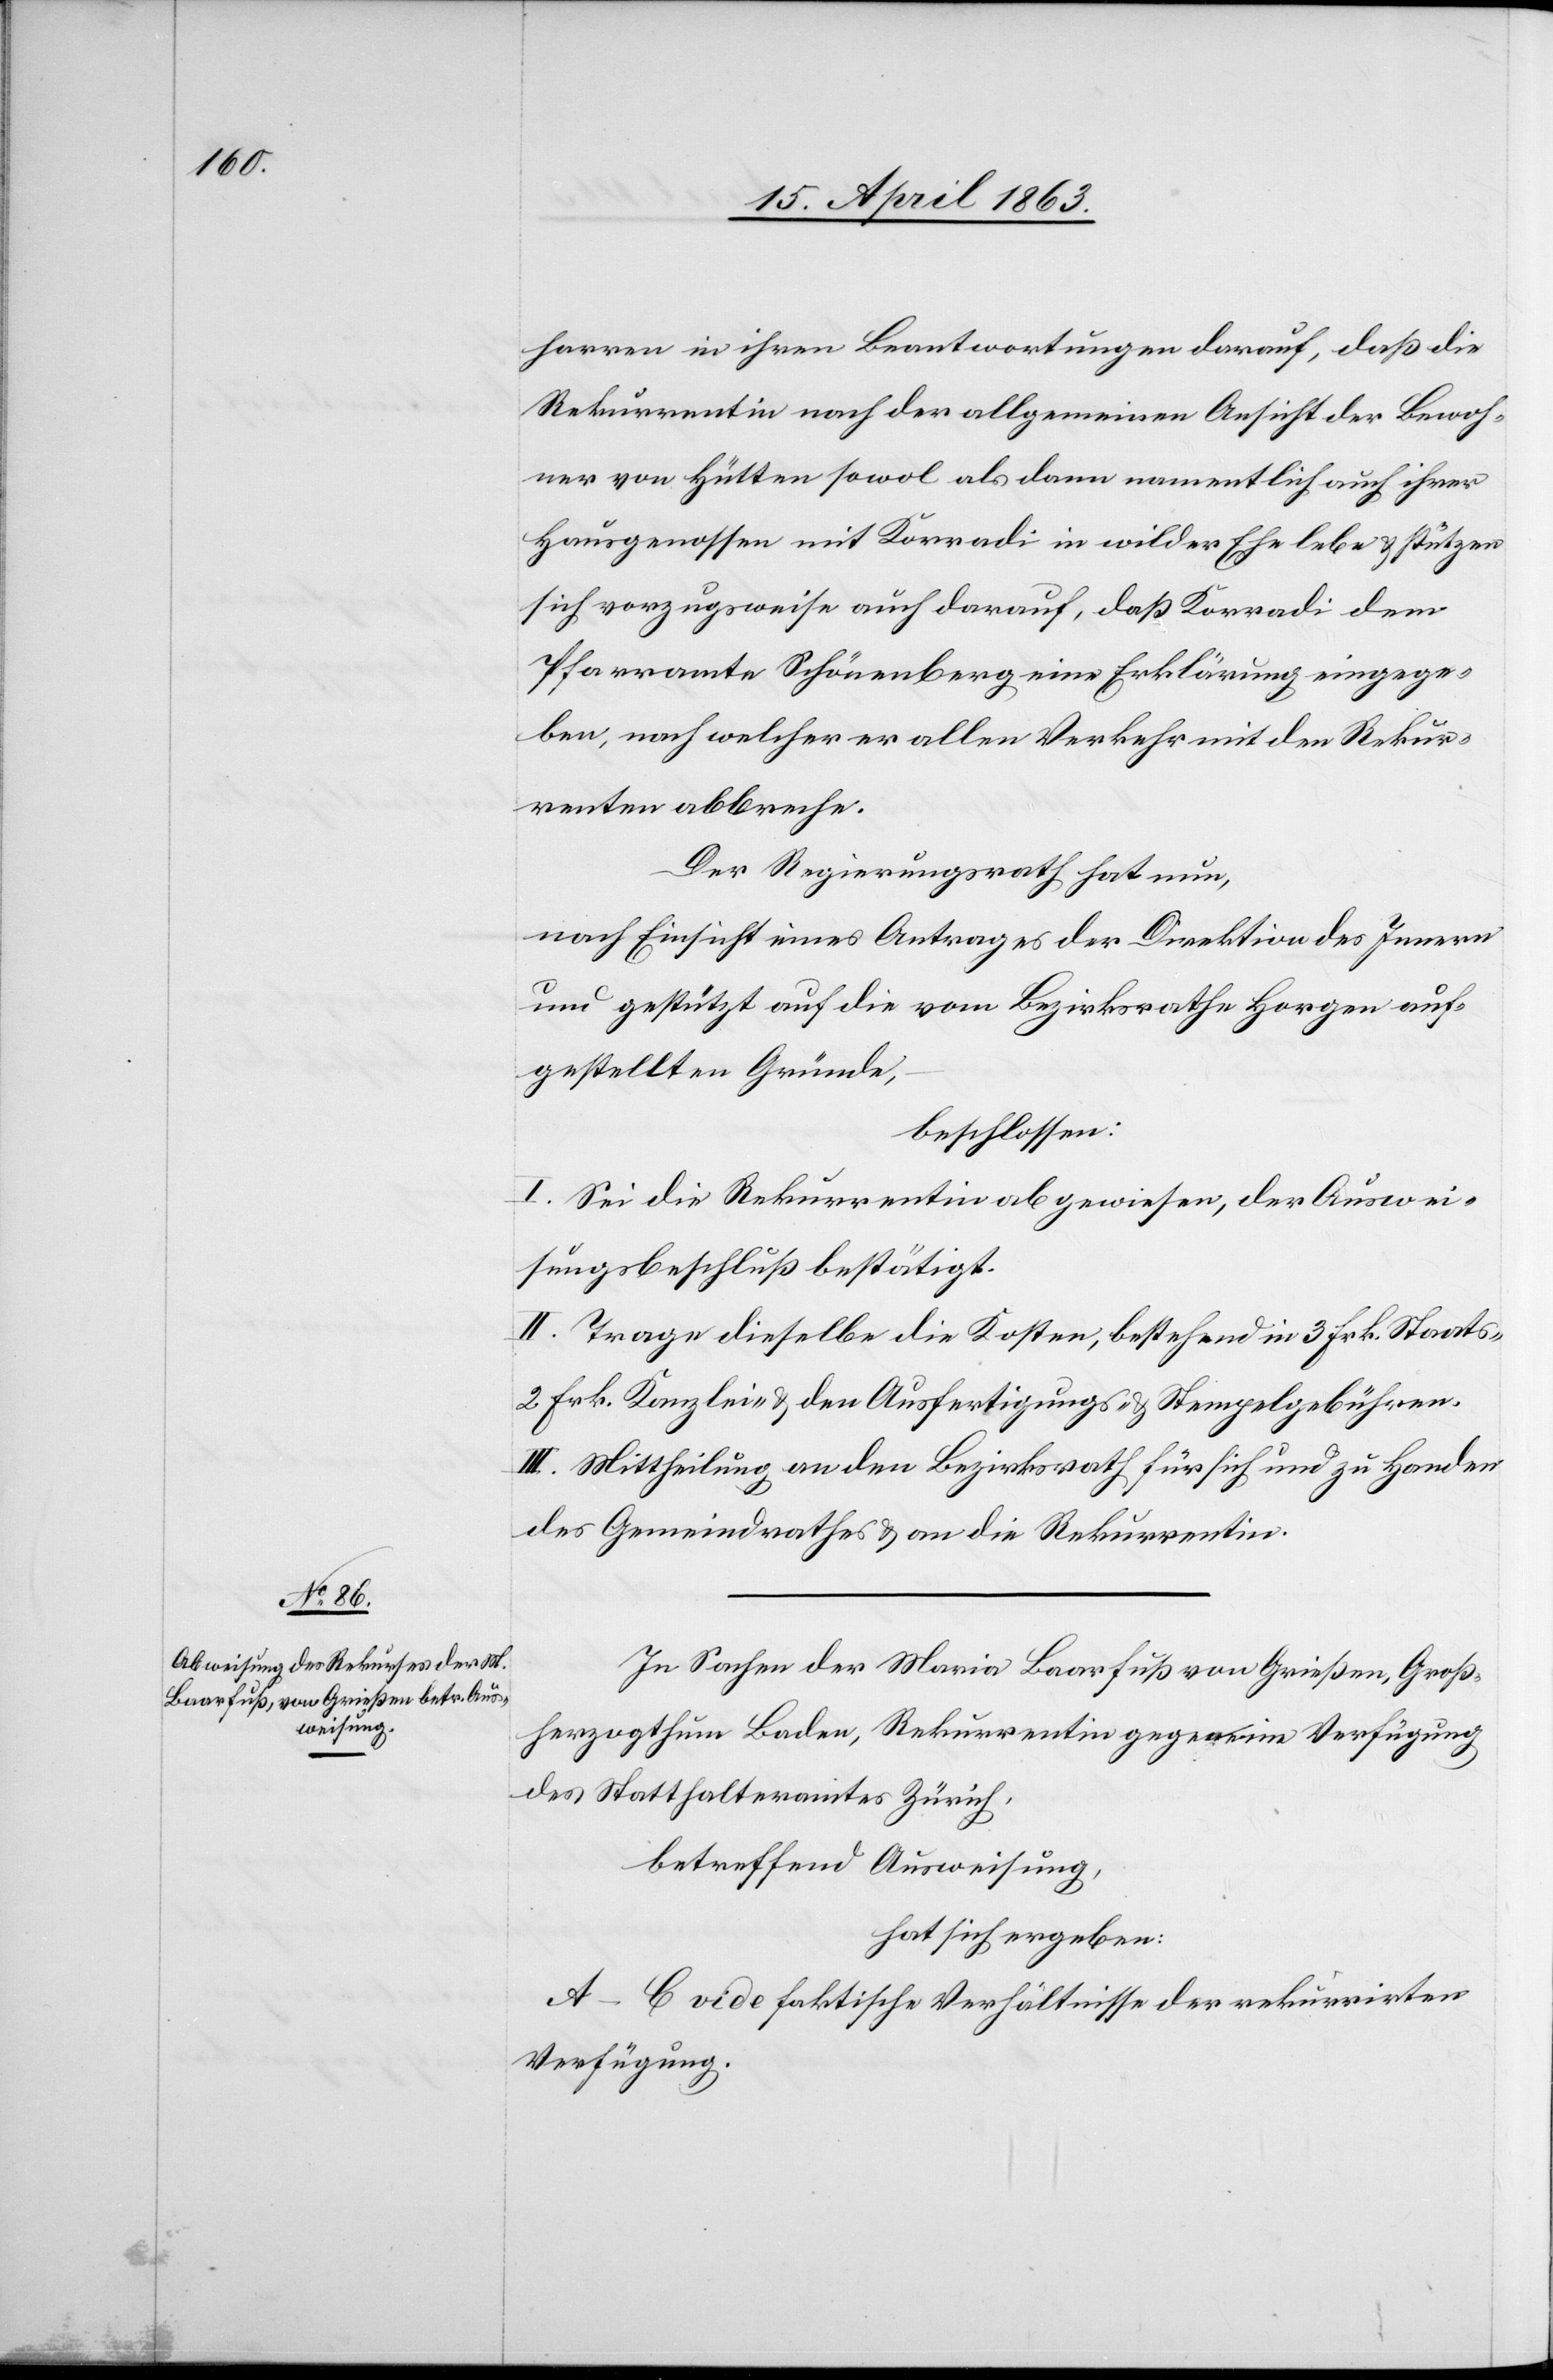
harren in ihren Beantwortungen darauf, daß die
Rekurrentin nach der allgemeinen Ansicht der Bewoh¬
ner von Hütten sowol als dann namentlich auch ihrer
Hausgenossen mit Korradi in wilder Ehe lebe & stützen
sich vorzugsweise auch darauf, daß Korradi dem
Pfarramte Schönenberg eine Erklärung eingege¬
ben, nach welcher er allen Verkehr mit den Rekur¬
renten abbreche.
Der Regierungsrath hat nun,
nach Einsicht eines Antrages der Direktion des Innern
und gestützt auf die vom Bezirksrathe Horgen auf¬
gestellten Gründe,
beschlossen:
I. Sei die Rekurrentin abgewiesen, der Auswei¬
sungsbeschluß bestätigt.
II. Trage dieselbe die Kosten, bestehend in 3 Frk. Staats-[,]
2 Frk. Kanzlei- & den Ausfertigungs- & Stempelgebühren.
III. Mittheilung an den Bezirksrath für sich und zu Handen
des Gemeindrathes & an die Rekurrentin.
In Sachen der Maria Baarfuß von Grießen, Groß¬
herzogthum Baden, Rekurrentin gegen eine Verfügung
des Statthalteramtes Zürich,
betreffend Ausweisung,
hat sich ergeben:
A–C vide faktische Verhältnisse der rekurrirten
Verfügung.